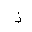
Letter: _thal